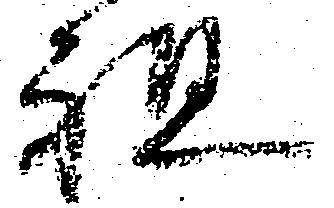
祖